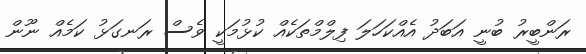
ރަންބީރު ބުނީ އަބަދު އެއްކަހަލަ ފިލްމްތަކެއް ކުޅުމަކީ ވެސް ރަނގަޅު ކަމެއް ނޫން